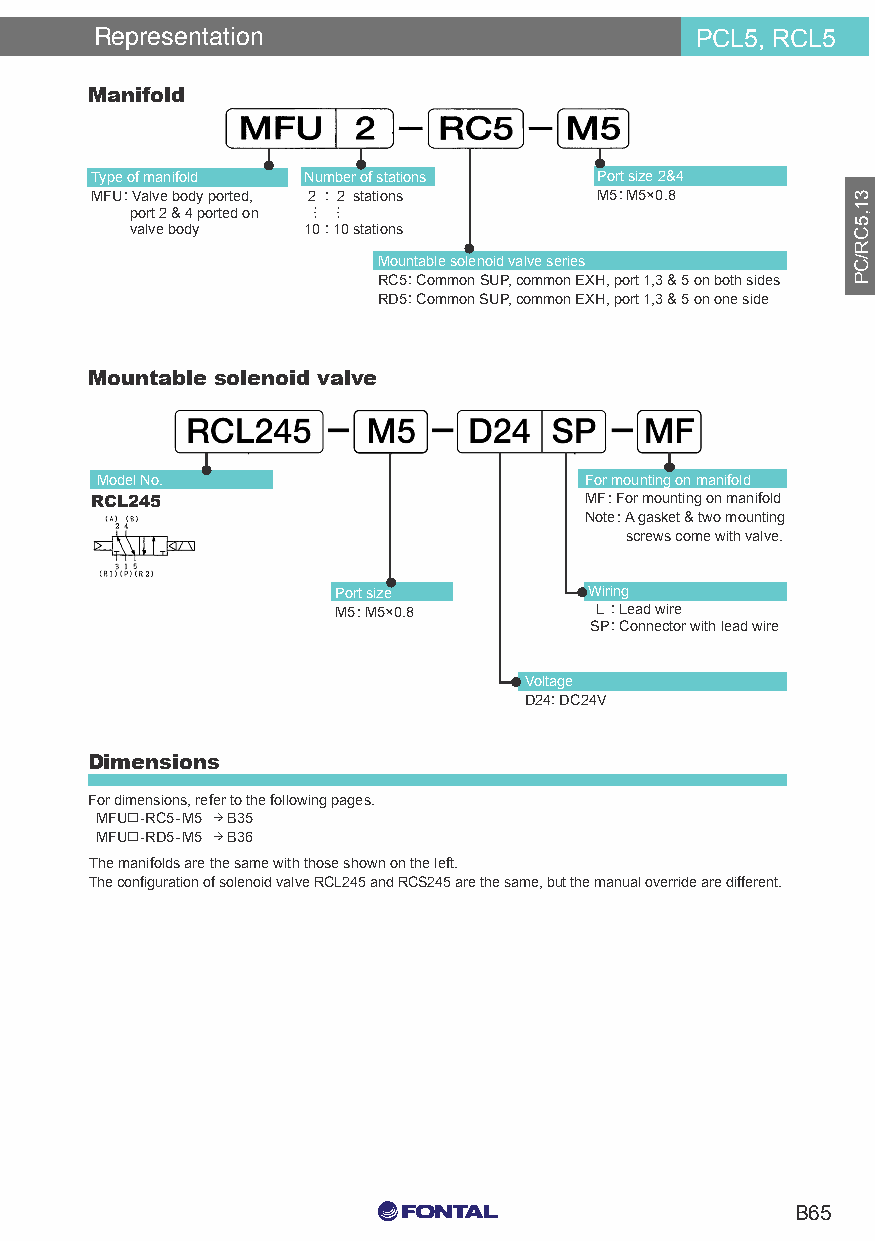
Representation                          PCL5, RCL5
 Manifold
 Individual Wiring Type Manifold
 Bar Type
 Type of manifold Number of stations Port size 2&4
 MFU: Valve body ported, 2 : 2 stations M5: M5×0.8
 port 2 & 4 ported on ⋮ ⋮
 valve body 10 : 10 stations
 Mountable solenoid valve series
 RC5: Common SUP, common EXH, port 1,3 & 5 on both sides
 RD5: Common SUP, common EXH, port 1,3 & 5 on one side
 Mountable solenoid valve
 Model No.                        For mounting on manifold
 RCL245                           MF: For mounting on manifold
 Note: A gasket & two mounting
 screws come with valve.
 Port size        Wiring
 M5: M5×0.8       L : Lead wire
 SP: Connector with lead wire
 Voltage
 D24: DC24V
 Dimensions
 For dimensions, refer to the following pages.
 MFU☐-RC5-M5 → B35
 MFU☐-RD5-M5 → B36
 The manifolds are the same with those shown on the left.
 The configuration of solenoid valve RCL245 and RCS245 are the same, but the manual override are different.
 C0 M0 Y15 K15
 B65
 C0 M0 Y0 K100
 C0 M0 Y0 K0
 31,5CR/CP